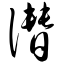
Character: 僭